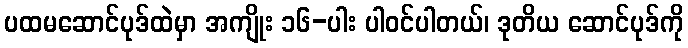
ပထမဆောင်ပုဒ်ထဲမှာ အကျိုး ၁၆-ပါး ပါဝင်ပါတယ်၊ ဒုတိယ ဆောင်ပုဒ်ကို